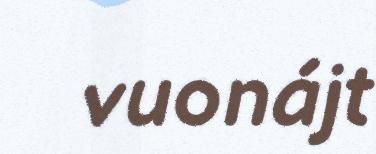
vuonájt